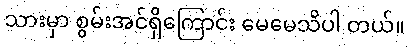
သားမှာ စွမ်းအင်ရှိကြောင်း မေမေသိပါ တယ်။